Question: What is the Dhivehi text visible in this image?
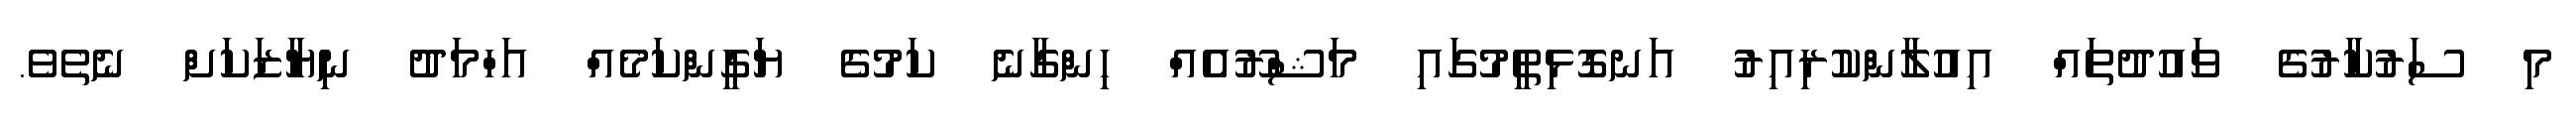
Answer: މި ސަރުކާރުގެ ވައުދުތައް އިއުލާންކުރިއިރު އަނގޮޅިތީމުގައި މަޝްރޫއެއް ހިންގާނެ ކަމުގެ ޔަގީންކަމެއް އަހްމަދު ނިޔާޒަކަށް ނެތެވެ.